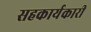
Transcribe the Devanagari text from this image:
सहकार्यकारी